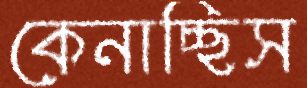
কেনাচ্ছিস